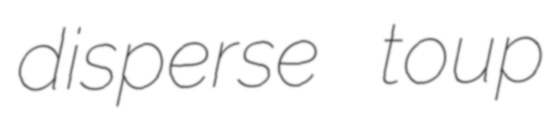
disperse toup